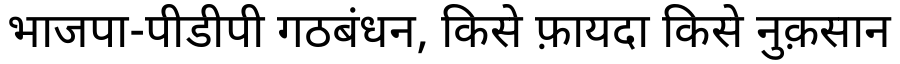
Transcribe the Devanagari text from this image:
भाजपा-पीडीपी गठबंधन, किसे फ़ायदा किसे नुक़सान